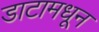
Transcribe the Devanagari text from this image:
डाटामधून